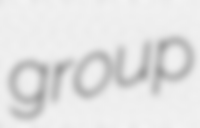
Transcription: group